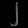
Digit: ၂